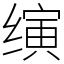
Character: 𬙂